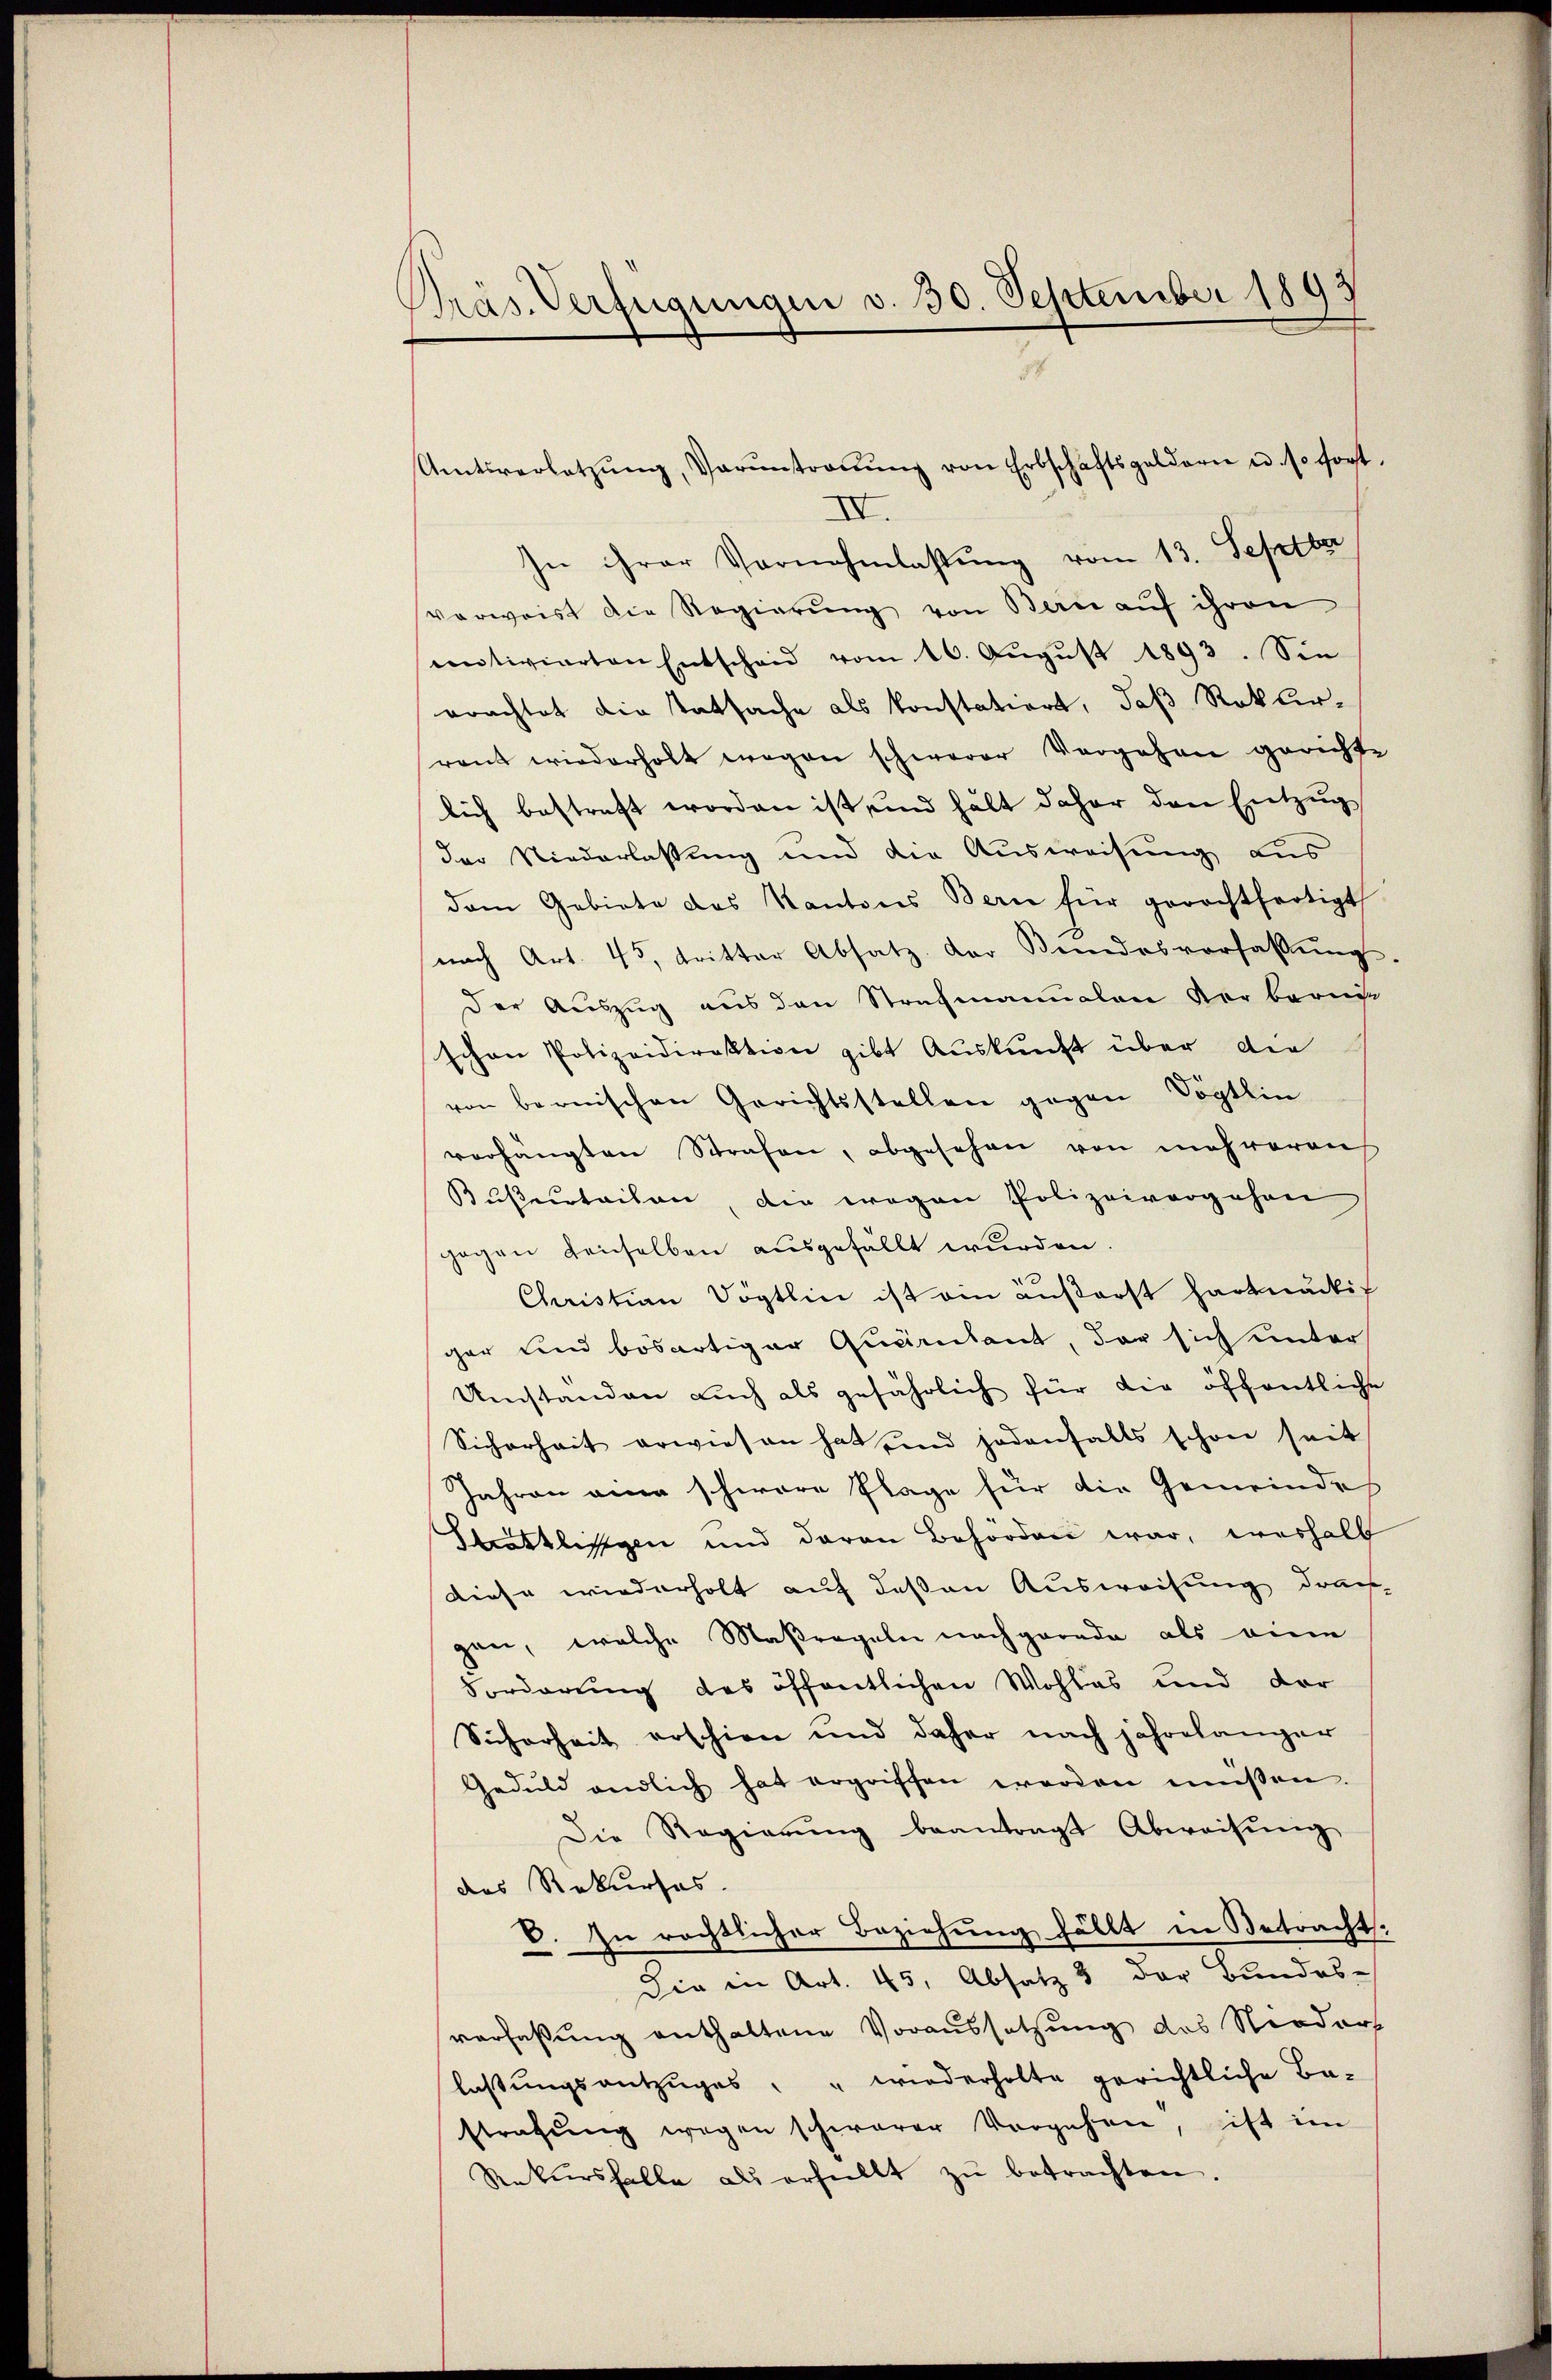
Präs. Verfügungen v. 30. September 1893
s

Amtsverletzŭng, Vorŭntroṅŭng von Erbschaftsgeldern u. so fort.
III
In ihrer Vornahmlassŭng vom 13. Septbr
vorweist die Regierung von Bau auf ihren
motivierten Entscheid vom 16. Aŭgŭst 1893. Sie
erachtet die Tatsache als konstatiert, daß Rekurrant wiederholt wegen schwerer Vergehen gerichte
lich bestraft worden ist und hält daher den Entzug
der Niederlassung und die Ausweisung aus
dem Gebiete des Kantons Bern für gerechtfertigt,
nach Art. 45, tritter Absatz der Kindesverfassŭng.
der Auszug aus den Strafmannalen der berne
schen Polizeidirektion gibt Aŭskŭnft über die
von bernischen Gerichtsstellen gegen Vögtlin
verhängten Strafen, abgesehen von mehreren
Bußerteilen, die wegen Polizeivergehen
gegen denselben ausgefällt wurden.
Christian Vögtlin ist ein äußerst hartnäckig
gar und bösartiger Quartant, der sich unter
Umstanden aŭch als gefährlich für die öffentliche
Sicherheit erwiesen hat und jedenfalls schon seit
Jahren aner schwere Plage für die Gemeinde
Sittlichen und daran Behörden war, weshalb
diese wiederholt auf deßen Ausweisung draus-
gen, welche Maßregeln nachgerade als eine
Forderung des öffentlichen Wohles und der
Sicherheit erschien und daher nach jahrelanger
Geduld endlich hat ergriffen worden müssen.
Die Regierŭng beantragt Abweisŭng
des Rekurses.
V. In rechtlicher Beziehung hällt in Betracht.
Die in Art. 45, Absatz 3 der Bundes-
verfaßung enthaltene Voraussetzung des Nieders
laßungsantzuges: " wiederholte gerichtliche Be-
strafung wegen schwerer Vorgehen, ist im
Rekursfalle als erhellt zŭ betrachten.